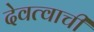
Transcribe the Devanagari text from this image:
देवत्वाची